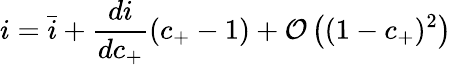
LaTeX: i=\bar{i}+\frac{di}{dc_{+}}(c_{+}-1)+\mathcal{O}\left((1-c_{+})^{2}\right)